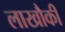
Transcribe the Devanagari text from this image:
लाखौकी